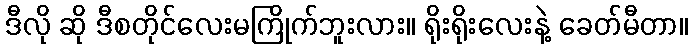
ဒီလို ဆို ဒီစတိုင်လေးမကြိုက်ဘူးလား။ ရိုးရိုးလေးနဲ့ ခေတ်မီတာ။